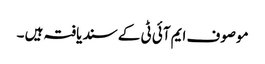
موصوف ایم آئی ٹی کے سند یافتہ ہیں ۔